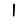
Digit: 1